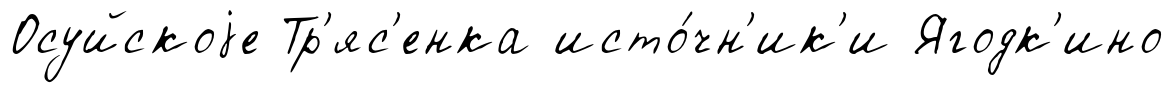
Осуйскоjе Тр'яс'енка исто́чн'ик'и Ягодк'ино